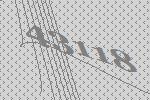
43118